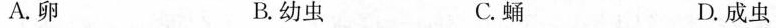
A.卵 B.幼虫 C.蛹 D.成虫